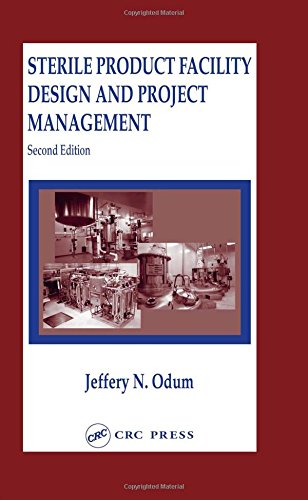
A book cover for Sterile Product Facility Design and Project Management, Second Edition; Jeffrey N. Odum; Medical Books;